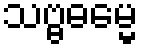
သဗ္ဗဓမ္မေ